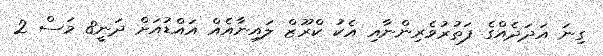
ގިނަ އަދަދެއްގެ ފަތުރުވެރިންނާއި އެކު ކްރޫޒް ލައިނާއެއް އައްޑުއަށް ދަނީ8 މަސް 2